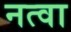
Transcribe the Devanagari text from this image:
नत्वा